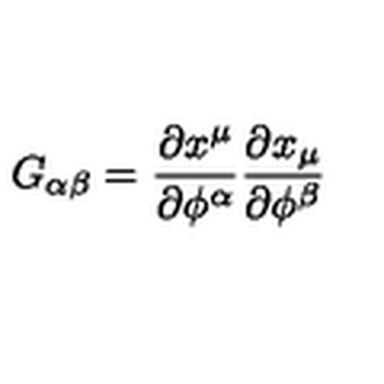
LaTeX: G _ { \alpha \beta } = { \frac { \partial x ^ { \mu } } { \partial \phi ^ { \alpha } } } { \frac { \partial x _ { \mu } } { \partial \phi ^ { \beta } } }